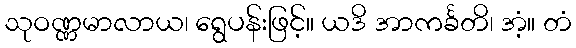
သုဝဏ္ဏမာလာယ၊ ရွေပန်းဖြင့်။ ယဒိ အာကင်္ခတိ၊ အံ့။ တံ